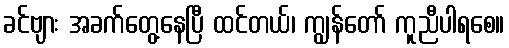
ခင်ဗျား အခက်တွေ့နေပြီ ထင်တယ်၊ ကျွန်တော် ကူညီပါရစေ။